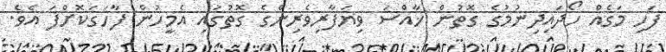
ފަހި މަގެއް ހޯދައިދިނުމުގެ ގޮތުން ޚާއްސަ ވިޔަފާރިވެރިންގެ ގޮތުގައި އެމީހުން ފާހަގަކޮށްފަ އެވެ.